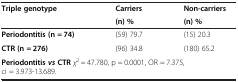
| <ROWSPAN=2> Triple genotype | Carriers | Non-carriers |
 | (n) % | (n) % |
 | --- | --- | --- |
 | Periodontitis (n = 74) | (59) 79.7 | (15) 20.3 |
 | CTR (n = 276) | (96) 34.8 | (180) 65.2 |
 | <COLSPAN=3> Periodontitis vs CTRχ2 = 47.780, p = 0.0001, OR = 7.375, ci = 3.973-13.689. |